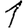
Digit: 1